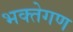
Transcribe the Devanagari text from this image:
भक्तेगण